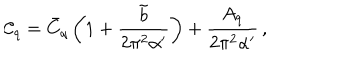
\mathcal { C } _ { q } = \bar { C } _ { q } \left( 1 + \frac { \tilde { b } } { 2 \pi ^ { 2 } \alpha ^ { \prime } } \right) + \frac { A _ { q } } { 2 \pi ^ { 2 } \alpha ^ { \prime } } \, ,